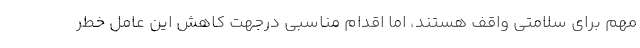
مهم برای سلامتی واقف هستند، اما اقدام مناسبی درجهت کاهش این عامل خطر